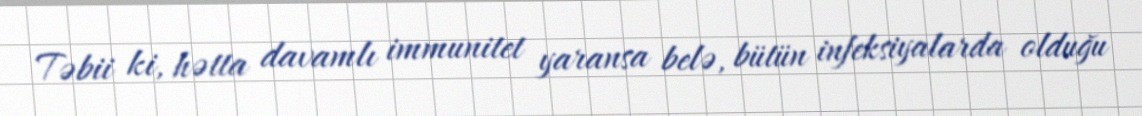
Təbii ki, hətta davamlı immunitet yaransa belə, bütün infeksiyalarda olduğu